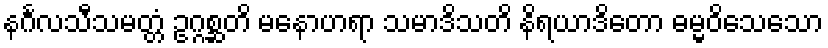
နင်္ဂလသီသမတ္တံ ဥဂ္ဂစ္ဆတိ မနောဟရာ သမာဒိသတိ နိရယာဒိတော ဓမ္မဝိသေသော